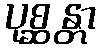
ပုစ္ဆန္တာ